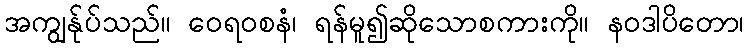
အကျွန်ုပ်သည်။ ဝေရဝစနံ၊ ရန်မူ၍ဆိုသောစကားကို။ နဝဒါပိတော၊